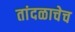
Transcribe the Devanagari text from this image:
तांदळाचेच